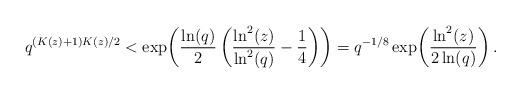
LaTeX: \begin{align*}q^{(K(z)+1)K(z)/2}<\exp\!\left(\frac{\ln(q)}{2}\left(\frac{\ln^{2}(z)}{\ln^{2}(q)}-\frac{1}{4}\right)\right)=q^{-1/8}\exp\!\left(\frac{\ln^{2}(z)}{2\ln(q)}\right).\end{align*}